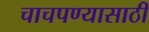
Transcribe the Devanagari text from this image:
चाचपण्यासाठी